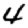
Digit: 4